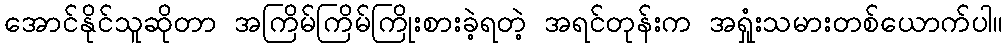
အောင်နိုင်သူဆိုတာ အကြိမ်ကြိမ်ကြိုးစားခဲ့ရတဲ့ အရင်တုန်းက အရှုံးသမားတစ်ယောက်ပါ။